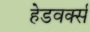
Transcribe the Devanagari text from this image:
हेडवर्क्स